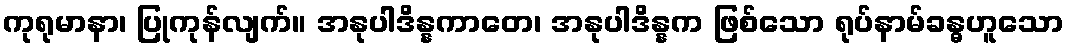
ကုရုမာနာ၊ ပြုကုန်လျက်။ အနုပါဒိန္နကာတေ၊ အနုပါဒိန္နက ဖြစ်သော ရုပ်နာမ်ခန္ဓဟူသော